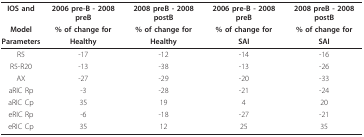
<table><thead><tr><td><b>IOS and</b></td><td><b>2006 pre-B - 2008 preB</b></td><td><b>2008 preB - 2008 postB</b></td><td><b>2006 pre-B - 2008 preB</b></td><td><b>2008 preB - 2008 postB</b></td></tr><tr><td><b>Model</b></td><td><b>% of change for</b></td><td><b>% of change for</b></td><td><b>% of change for</b></td><td><b>% of change for</b></td></tr><tr><td><b>Parameters</b></td><td><b>Healthy</b></td><td><b>Healthy</b></td><td><b>SAI</b></td><td><b>SAI</b></td></tr></thead><tbody><tr><td>R5</td><td>-17</td><td>-12</td><td>-14</td><td>-16</td></tr><tr><td>R5-R20</td><td>-13</td><td>-38</td><td>-13</td><td>-26</td></tr><tr><td>AX</td><td>-27</td><td>-29</td><td>-20</td><td>-33</td></tr><tr><td>aRIC Rp</td><td>-3</td><td>-28</td><td>-21</td><td>-24</td></tr><tr><td>aRIC Cp</td><td>35</td><td>19</td><td>4</td><td>20</td></tr><tr><td>eRIC Rp</td><td>-6</td><td>-18</td><td>-27</td><td>-21</td></tr><tr><td>eRIC Cp</td><td>35</td><td>12</td><td>25</td><td>35</td></tr></tbody></table>